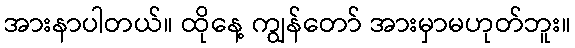
အားနာပါတယ်။ ထိုနေ့ ကျွန်တော် အားမှာမဟုတ်ဘူး။